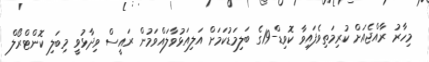
މިހާރު ރާއްޖެއަށް ކުރިމަތިވެފައިވާ ކޮވިޑް-19ގެ ބަލިމަޑުކަމަށް އަލިއަޅުވާލައްވަމުން ރައީސް ވިދާޅުވީ މިބަލި ކޮންޓްރޯލް